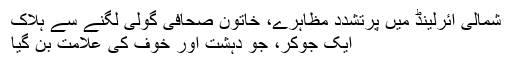
شمالی آئرلینڈ میں پُرتشدد مظاہرے، خاتون صحافی گولی لگنے سے ہلاک
ایک جوکر، جو دہشت اور خوف کی علامت بن گیا